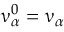
\upnu _ { \alpha } ^ { 0 } = \upnu _ { \alpha }